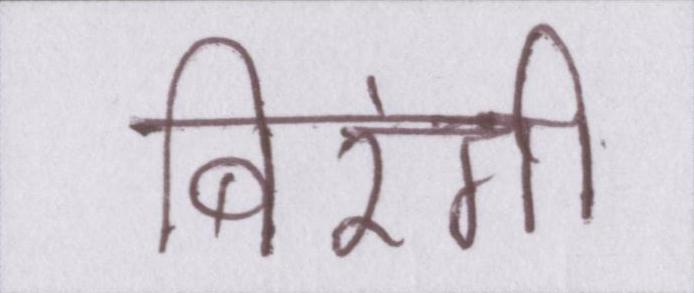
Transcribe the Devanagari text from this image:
बिरंगी